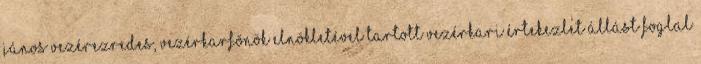
János vezérezredes, vezérkarfõnök elnökletével tartott vezérkari értekezlet állást foglal